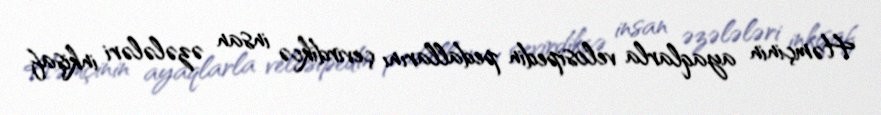
Həmçinin ayaqlarla velosipedin pedallarını çevirdikcə insan əzələləri inkişaf